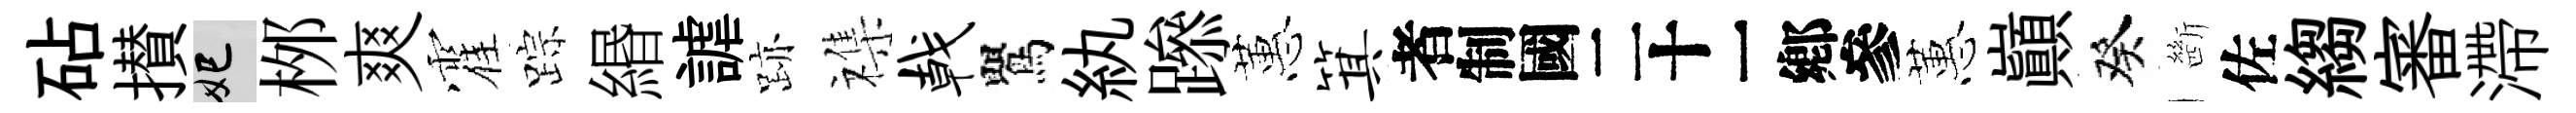
砧攅妃桞爽霍踪緡謔跡襍戟鸎紈𨅶蕙箕识蕙巔癸㫁佐縐審滯